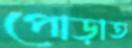
পোড়াত